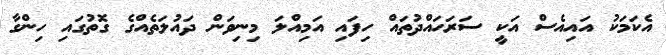
އެކަމަކު އައިއެސް އަކީ ސަރަހައްދުތައް ހިފައި އަމިއްލަ މިނިވަން ދައުލަތެއްގެ ގޮތުގައި ހިންގާ